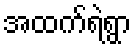
အထက်ရဲရွာ